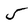
Character: 5